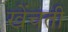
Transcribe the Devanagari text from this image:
खेंचती